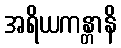
အရိယကန္တာနိ